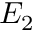
E _ { 2 }